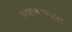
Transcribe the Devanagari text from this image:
अवाकाएवढा